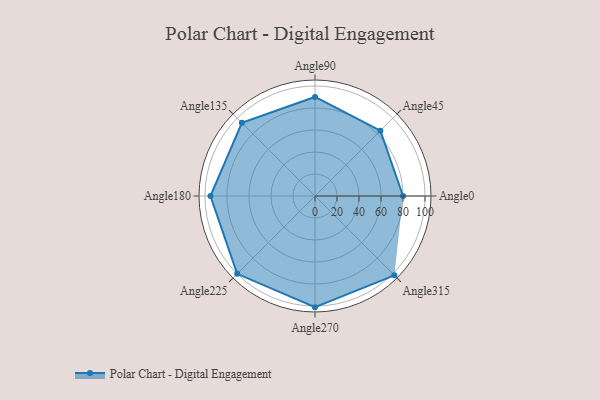
{"axis": {"x": "Angle", "y": "Radius"}, "legend": [""], "data": [{"x": "Angle0", "y": 80.0, "type": ""}, {"x": "Angle45", "y": 84.0, "type": ""}, {"x": "Angle90", "y": 90.0, "type": ""}, {"x": "Angle135", "y": 94.0, "type": ""}, {"x": "Angle180", "y": 95.0, "type": ""}, {"x": "Angle225", "y": 100.0, "type": ""}, {"x": "Angle270", "y": 101.0, "type": ""}, {"x": "Angle315", "y": 102.0, "type": ""}]}